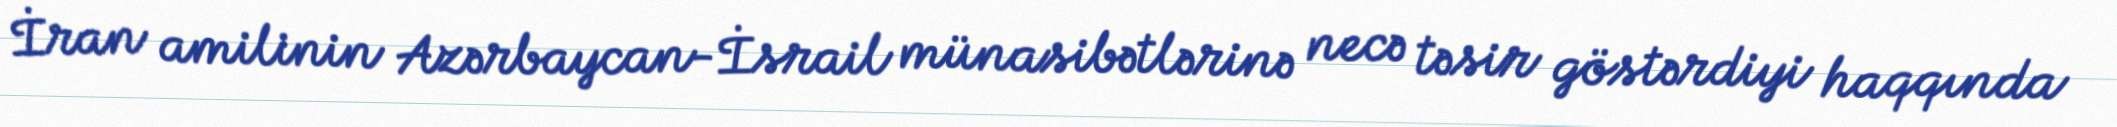
İran amilinin Azərbaycan-İsrail münasibətlərinə necə təsir göstərdiyi haqqında